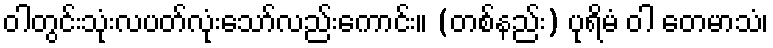
ဝါတွင်းသုံးလပတ်လုံးသော်လည်းကောင်း။ (တစ်နည်း) ပုရိမံ ဝါ တေမာသံ၊